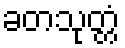
ခတသုတ္တံ